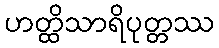
ဟတ္ထိသာရိပုတ္တဿ